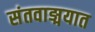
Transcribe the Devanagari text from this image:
संतवाङ्मयात